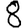
Digit: 8